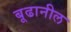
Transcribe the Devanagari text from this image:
बूढानील